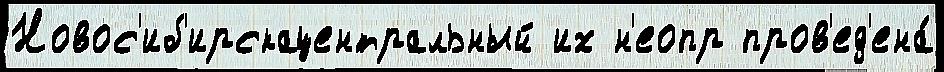
Новос'иб'ирскацентральный их н'еопр пров'ед'ена́